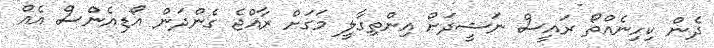
ދެން ކިހިނެއްތޯ ރައީސް ނަޝީދަށް އިންތިގާލީ މަގަށް ރާއްޖެ ގެންދަން އޯޑިއެންސް އެއް